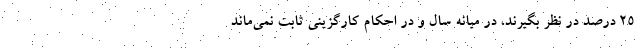
۲۵ درصد در نظر بگیرند، در میانه سال و در احکام کارگزینی ثابت نمی‌ماند